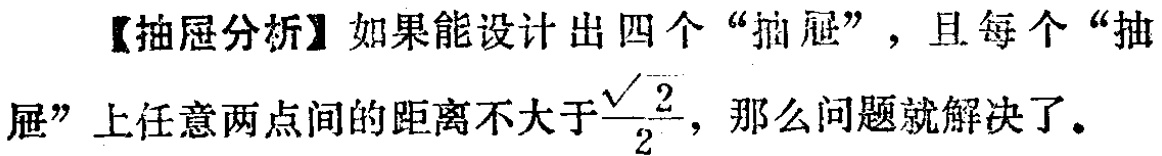
【抽屉分析】如果能设计出四个“抽屉”，且每个“抽屉”上任意两点间的距离不大于$\frac{\sqrt{2}}{2}$，那么问题就解决了。